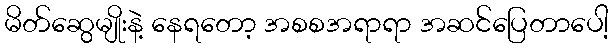
မိတ်ဆွေမျိုးနဲ့ နေရတော့ အစစအရာရာ အဆင်ပြေတာပေါ့